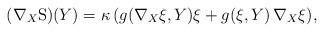
LaTeX: \begin{align*} (\nabla _X {\rm S}) (Y) = \kappa \, (g (\nabla _X \xi, Y) \xi + g (\xi, Y) \, \nabla _X \xi), \end{align*}